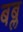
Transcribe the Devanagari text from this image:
बब्ल